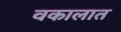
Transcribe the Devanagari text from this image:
वकालात